Annual report of the Prince of Wales Medical College, Patna
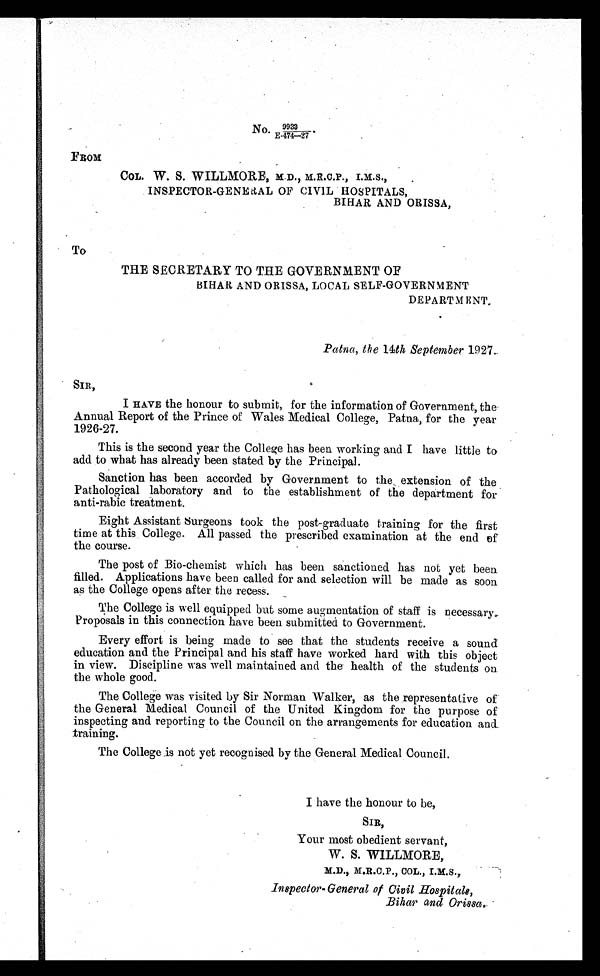
No.
9 9 3 3
E-474—27
COL. W. S. WILLMORE, M.D., M.R.C.P., I.M.S.,
INSPECTOR-GENERAL OF CIVIL HOSPITALS,
BIHAR AND ORISSA,
To
THE SECRETARY TO THE GOVERNMENT OF
BIHAR AND ORISSA, LOCAL SELF-GOVERNMENT
DEPARTMENT.
Patna, the 14th September 1927.
SIR,
I HAVE the honour to submit, for the information of Government, the
Annual Report of the Prince of Wales Medical College, Patna, for the year
1926-27.
This is the second year the College has been working and I have little to
add to what has already been stated by the Principal.
Sanction has been accorded by Government to the extension of the
Pathological laboratory and to the establishment of the department for
anti-rabic treatment.
Eight Assistant Surgeons took the post-graduate training for the first
time at this College. All passed the prescribed examination at the end of
the course.
The post of Bio-chemist which has been sanctioned has not yet been
filled. Applications have been called for and selection will be made as soon
as the College opens after the recess.
The College is well equipped but some augmentation of staff is necessary.
Proposals in this connection have been submitted to Government.
Every effort is being made to see that the students receive a sound
education and the Principal and his staff have worked hard with this object
in view. Discipline was well maintained and the health of the students on
the whole good.
The College was visited by Sir Norman Walker, as the representative of
the General Medical Council of the United Kingdom for the purpose of
inspecting and reporting to the Council on the arrangements for education and
training.
The College is not yet recognised by the General Medical Council.
I have the honour to be,
SIR,
Your most obedient servant,
W. S. WILLMORE,
M.D., M.R.C.P., COL, I.M.S.,
Inspector-General of Civil Hospitals,
Bihar and Orissa.